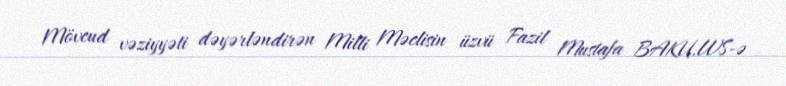
Mövcud vəziyyəti dəyərləndirən Milli Məclisin üzvü Fazil Mustafa BAKU.WS-ə